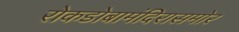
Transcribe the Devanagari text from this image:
रोकडोबामंदिरासमोर